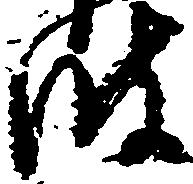
波